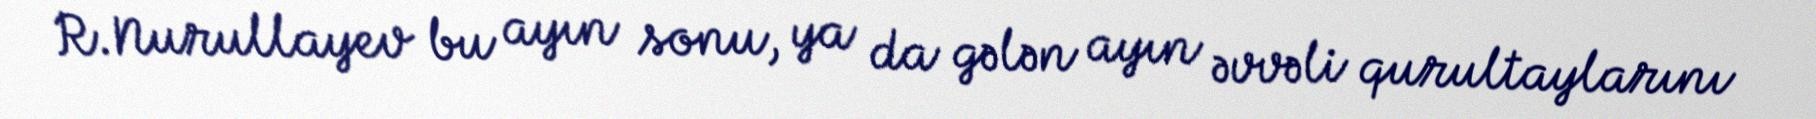
R.Nurullayev bu ayın sonu, ya da gələn ayın əvvəli qurultaylarını